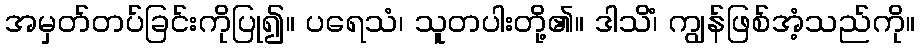
အမှတ်တပ်ခြင်းကိုပြု၍။ ပရေသံ၊ သူတပါးတို့၏။ ဒါသိံ၊ ကျွန်ဖြစ်အံ့သည်ကို။